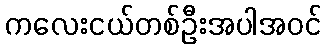
ကလေးငယ်တစ်ဦးအပါအဝင်